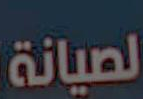
لصيانة